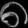
Digit: ၈